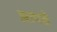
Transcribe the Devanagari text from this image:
झापडे